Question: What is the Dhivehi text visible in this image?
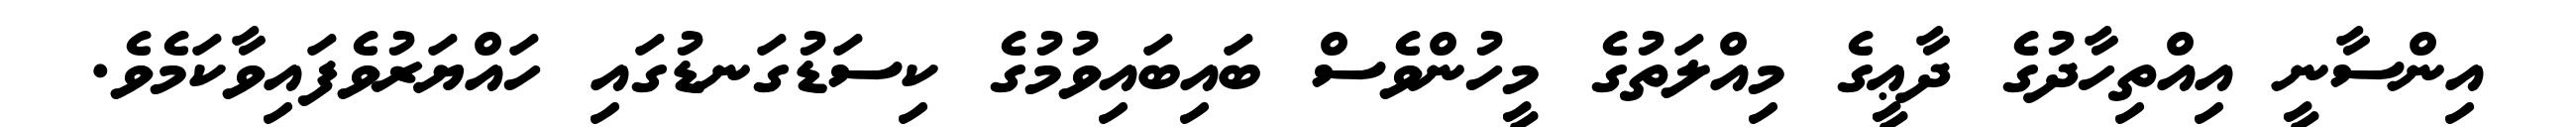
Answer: އިންސާނީ އިއްތިހާދުގެ ދާޢީގެ މިއްލަތުގެ މީހުންވެސް ބައިބައިވުމުގެ ކިސަޑުގަނޑުގައި ހައްޔަރުވެފައިވާކަމެވެ.